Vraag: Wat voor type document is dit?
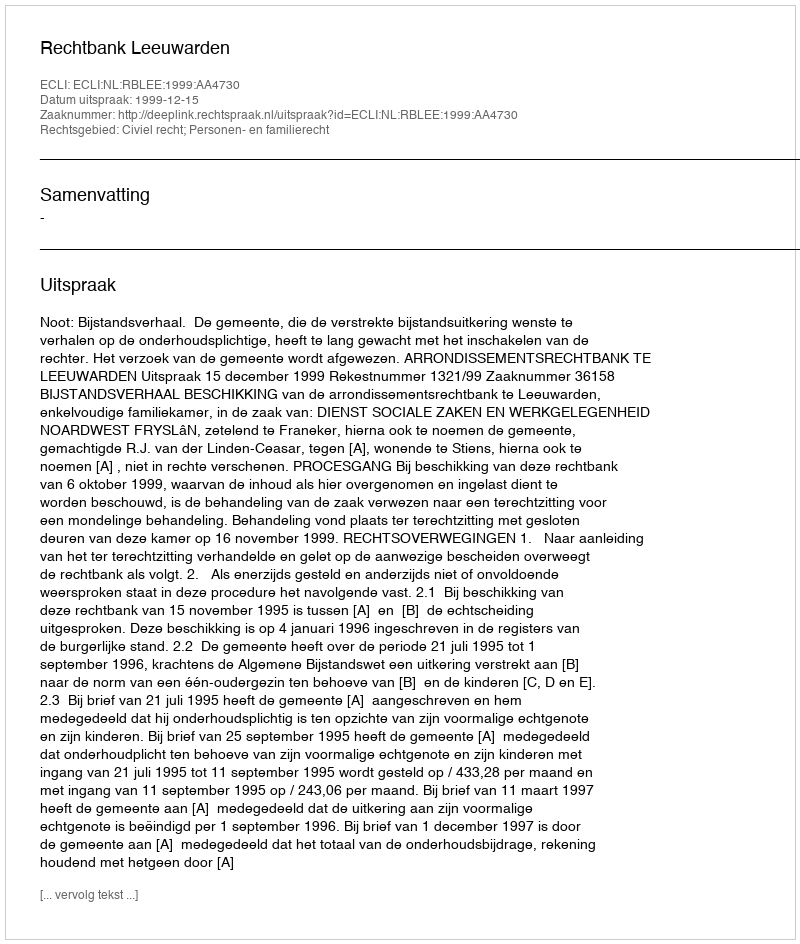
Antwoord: Uitspraak